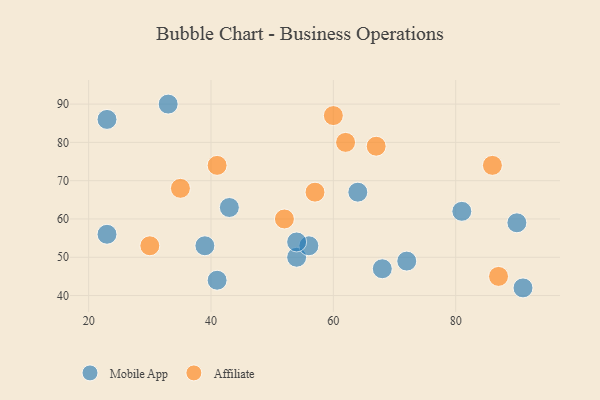
{"axis": {"x": "GDP", "y": "Life Expectancy"}, "legend": ["Affiliate", "Mobile App"], "data": [{"x": "43", "y": 63, "type": "Mobile App"}, {"x": "91", "y": 42, "type": "Mobile App"}, {"x": "54", "y": 50, "type": "Mobile App"}, {"x": "68", "y": 47, "type": "Mobile App"}, {"x": "23", "y": 56, "type": "Mobile App"}, {"x": "33", "y": 90, "type": "Mobile App"}, {"x": "41", "y": 44, "type": "Mobile App"}, {"x": "23", "y": 86, "type": "Mobile App"}, {"x": "39", "y": 53, "type": "Mobile App"}, {"x": "56", "y": 53, "type": "Mobile App"}, {"x": "90", "y": 59, "type": "Mobile App"}, {"x": "81", "y": 62, "type": "Mobile App"}, {"x": "64", "y": 67, "type": "Mobile App"}, {"x": "54", "y": 54, "type": "Mobile App"}, {"x": "72", "y": 49, "type": "Mobile App"}, {"x": "60", "y": 87, "type": "Affiliate"}, {"x": "30", "y": 53, "type": "Affiliate"}, {"x": "41", "y": 74, "type": "Affiliate"}, {"x": "86", "y": 74, "type": "Affiliate"}, {"x": "62", "y": 80, "type": "Affiliate"}, {"x": "52", "y": 60, "type": "Affiliate"}, {"x": "35", "y": 68, "type": "Affiliate"}, {"x": "67", "y": 79, "type": "Affiliate"}, {"x": "57", "y": 67, "type": "Affiliate"}, {"x": "87", "y": 45, "type": "Affiliate"}]}